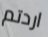
اردتم